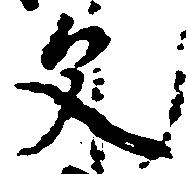
父